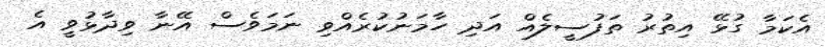
އެކަމާ ގުޅޭ އިތުރު ތަފުސީލެއް އަދި ހާމަނުކުރެއްވި ނަމަވެސް އޭނާ ވިދާޅުވީ އެ